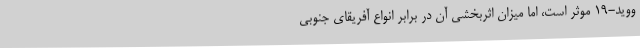
ووید-19 موثر است، اما میزان اثربخشی آن در برابر انواع آفریقای جنوبی